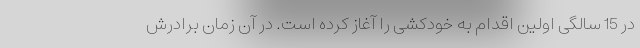
در 15 سالگی اولین اقدام به خودکشی را آغاز کرده است. در آن زمان برادرش